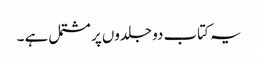
یہ کتاب دو جلدوں پر مشتمل ہے ۔